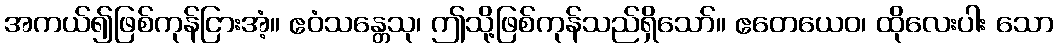
အကယ်၍ဖြစ်ကုန်ငြားအံ့။ ဧဝံသန္တေသု၊ ဤသို့ဖြစ်ကုန်သည်ရှိသော်။ ဧတေယေဝ၊ ထိုလေးပါး သော